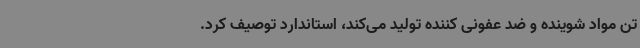
تن مواد شوینده و ضد عفونی کننده تولید می‌کند، استاندارد توصیف کرد.